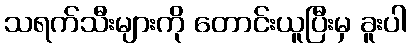
သရက်သီးများကို တောင်းယူပြီးမှ ခူးပါ